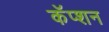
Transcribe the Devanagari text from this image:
कॅप्शन